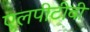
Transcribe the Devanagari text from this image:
एलपीटीवी